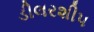
ડીલરશીપ